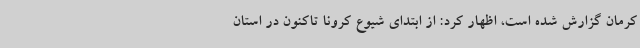
کرمان گزارش شده است، اظهار کرد: از ابتدای شیوع کرونا تاکنون در استان